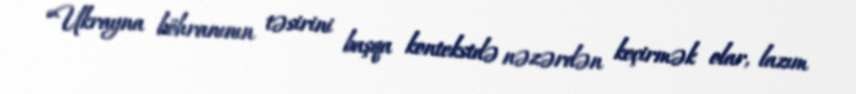
“Ukrayna böhranının təsirini başqa kontekstdə nəzərdən keçirmək olar, lazım